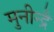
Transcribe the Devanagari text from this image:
मुनीन्द्रै